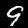
Label: 9